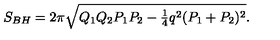
S _ { B H } = 2 \pi \sqrt { Q _ { 1 } Q _ { 2 } P _ { 1 } P _ { 2 } - { \textstyle { \frac { 1 } { 4 } } } q ^ { 2 } ( P _ { 1 } + P _ { 2 } ) ^ { 2 } } .